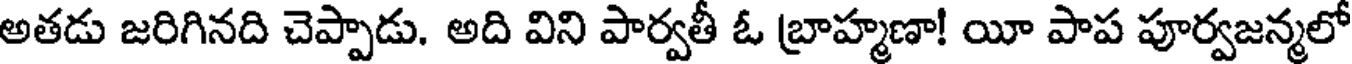
అతడు జరిగినది చెప్పాడు. అది విని పార్వతీ ఓ బ్రాహ్మణా! యీ పాప పూర్వజన్మలో